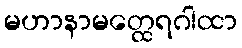
မဟာနာမတ္ထေရဂါထာ